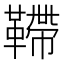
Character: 𩌴